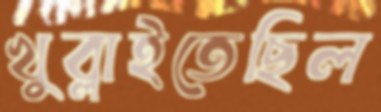
খুব্‌লাইতেছিল